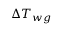
\Delta { T _ { w g } }